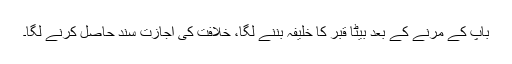
باپ کے مرنے کے بعد بیٹا قبر کا خلیفہ بننے لگا، خلافت کی اجازت سند حاصل کرنے لگا۔